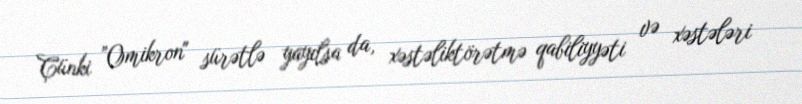
Çünki ”Omikron" sürətlə yayılsa da, xəstəliktörətmə qabiliyyəti və xəstələri